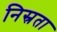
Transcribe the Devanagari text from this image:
निस्रता